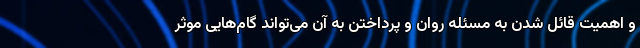
و اهمیت قائل شدن به مسئله روان و پرداختن به آن می‌تواند گام‌هایی موثر